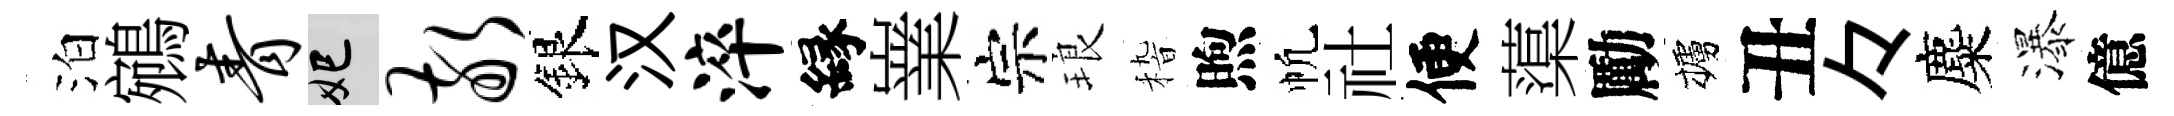
泊鵷青妃敬銀汉淬縁嶪宗琅𥟵煦帆社便蕖勵櫨丑々麋瀑億